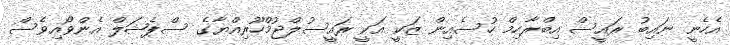
އެހެނީ ނައިބު ރައީސް އިބްރާހިމް ހުސެއިން ޒަކީ އަކީ ރައީސުލްޖުމްހޫރިއްޔާގެ ސްޕެޝަލް އެންވޯއިވެސް